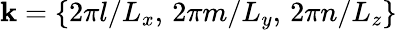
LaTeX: \mathbf{k}=\{ 2\pi l/L_{x},\, 2\pi m/L_{y},\, 2\pi n/L_{z}\}